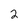
Character: 2